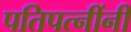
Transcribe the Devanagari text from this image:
पतिपत्नींनी